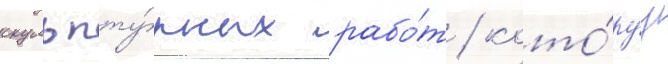
скульпту́рных рабо́т / кото́руу